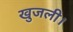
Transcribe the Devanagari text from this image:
खुजली।